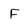
Character: F